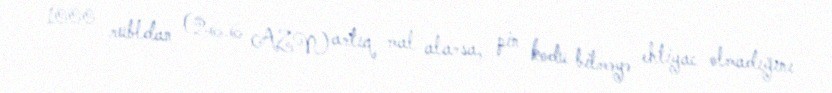
1000 rubldan (26.6 AZN) artıq mal alarsa, pin kodu bilməyə ehtiyac olmadığını